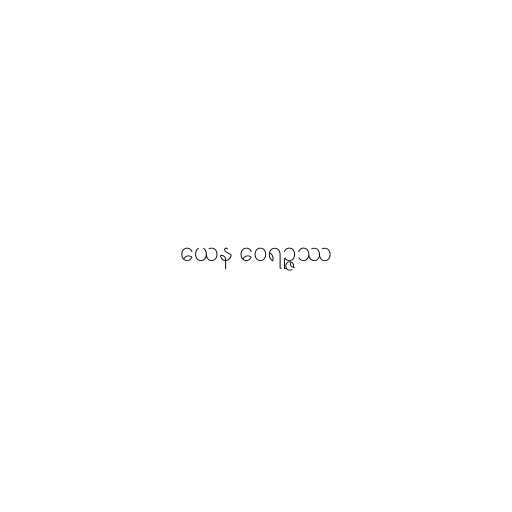
ယေန ဝေရဉ္ဇဿ